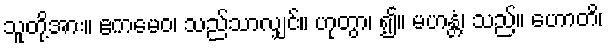
သူတို့အား။ ဧကမေဝ၊ သည်သာလျှင်။ ဟုတွာ၊ ၍။ မဟန္တံ၊ သည်။ ဟောတိ၊